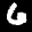
Label: 6